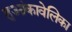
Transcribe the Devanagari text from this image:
हुआंकावेलिका